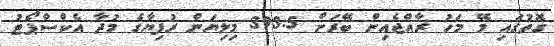
ގޮތުގައި މޭ މަހު ރާއްޖެއިން ބޭރަށް 393.5 މިލިޔަން ރުފިޔާގެ މުދާ އެކްސްޕޯޓު